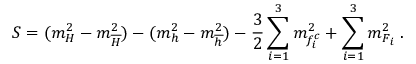
{ \cal S } = ( m _ { { \cal H } } ^ { 2 } - m _ { { \cal \overline { { { H } } } } } ^ { 2 } ) - ( m _ { h } ^ { 2 } - m _ { \overline { { { h } } } } ^ { 2 } ) - \frac { 3 } { 2 } \sum _ { i = 1 } ^ { 3 } m _ { f _ { i } ^ { c } } ^ { 2 } + \sum _ { i = 1 } ^ { 3 } m _ { { \cal F } _ { i } } ^ { 2 } \; .